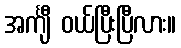
အင်္ကျီ ဝယ်ပြီးပြီလား။